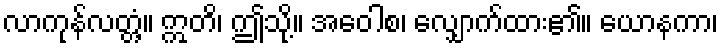
လာကုန်လတ္တံ့။ ဣတိ၊ ဤသို့။ အဝေါစ၊ လျှောက်ထား၏။ ယောနကာ၊